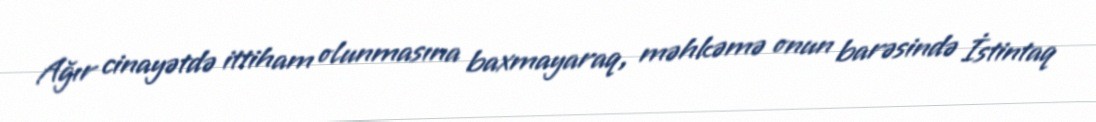
Ağır cinayətdə ittiham olunmasına baxmayaraq, məhkəmə onun barəsində İstintaq